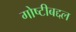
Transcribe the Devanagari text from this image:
गोष्टीबद्दल